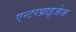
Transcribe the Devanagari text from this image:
एन्टरप्राइजेज